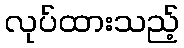
လုပ်ထားသည့်